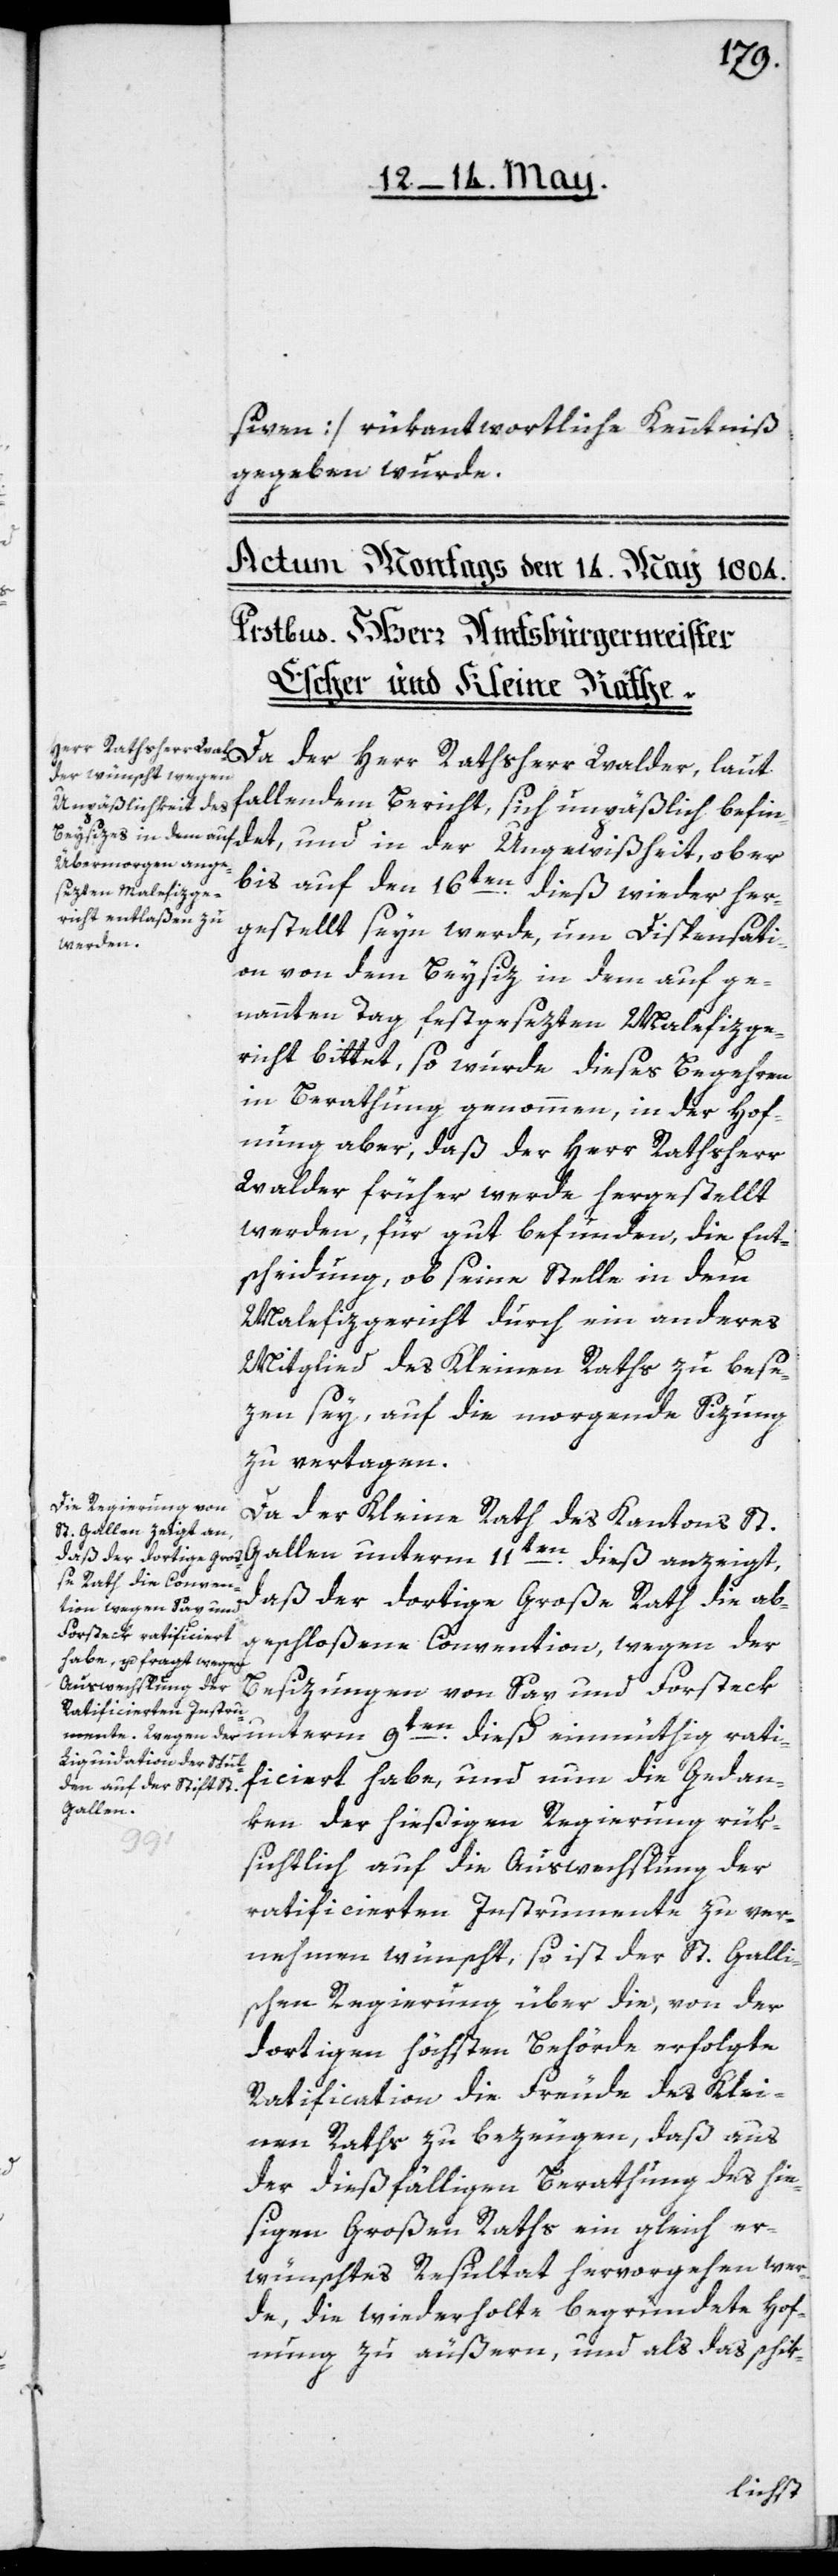
siven] rükantwortliche Kenntniß
gegeben wurde.
fallendem Bericht, sich unpäßlich befin¬
bis auf den 16ten dieß wieder her¬
gestellt seyn werde, um Dispensati¬
on von dem Beysiz in dem auf ge¬
nannten Tag festgesezten Malefizge¬
richt bittet, so wurde dieses Begehren
in Berathung genommen, in der Hoff¬
nung aber, daß der Herr Rathsherr
Walder früher werde hergestellt
werden, für gut befunden, die Ent¬
scheidung, ob seine Stelle in dem
Malefizgericht durch ein anderes
Mitglied des Kleinen Raths zu bese¬
zen sey, auf die morgende Sizung
zu vertagen.
Da der Kleine Rath des Kantons St.
daß der dortige Große Rath die ab¬
geschloßene Convention, wegen der
Besizungen von Sax und Forsteck
unterm 9ten dieß einmüthig rati¬
ficiert habe, und nun die Gedan¬
Gallen
ken der hießigen Regierung rük¬
det,
sichtlich auf die Auswechslung der
ratificierten Instrumente zu ver¬
nehmen wünscht, so ist der St. Galli¬
schen Regierung über die, von der
dortigen höchsten Behörde erfolgte
Ratification die Freude des Klei¬
nen Raths zu bezeugen, daß aus
der dießfälligen Berathung des hie¬
ßigen großen Raths ein gleich er¬
wünschtes Resultat hervorgehen wer¬
de, die wiederholte begründete Hof¬
nung zu äußern, und als das schik-